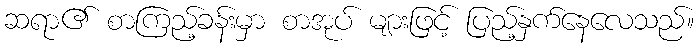
ဆရာ၏ စာကြည့်ခန်းမှာ စာအုပ် များဖြင့် ပြည့်နှက်နေလေသည်။